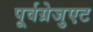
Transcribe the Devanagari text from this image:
पूर्वग्रेजुएट